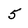
Character: 5